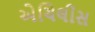
એચિલીસ